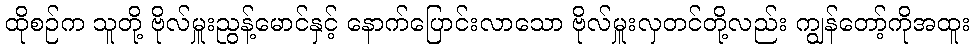
ထိုစဉ်က သူတို့ ဗိုလ်မှူးညွန့်မောင်နှင့် နောက်ပြောင်းလာသော ဗိုလ်မှူးလှတင်တို့လည်း ကျွန်တော့်ကိုအထူး